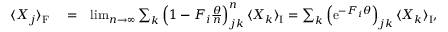
\begin{array} { r l r } { \langle { X } _ { j } \rangle _ { \mathrm { F } } } & { { } = } & { \operatorname* { l i m } _ { n \rightarrow \infty } \sum _ { k } \left( 1 - { F } _ { i } \frac { \theta } { n } \right) _ { j k } ^ { n } \langle { X } _ { k } \rangle _ { \mathrm { I } } = \sum _ { k } \left( \mathrm { e } ^ { - { F } _ { i } \theta } \right) _ { j k } \langle { X } _ { k } \rangle _ { \mathrm { I } } , } \end{array}